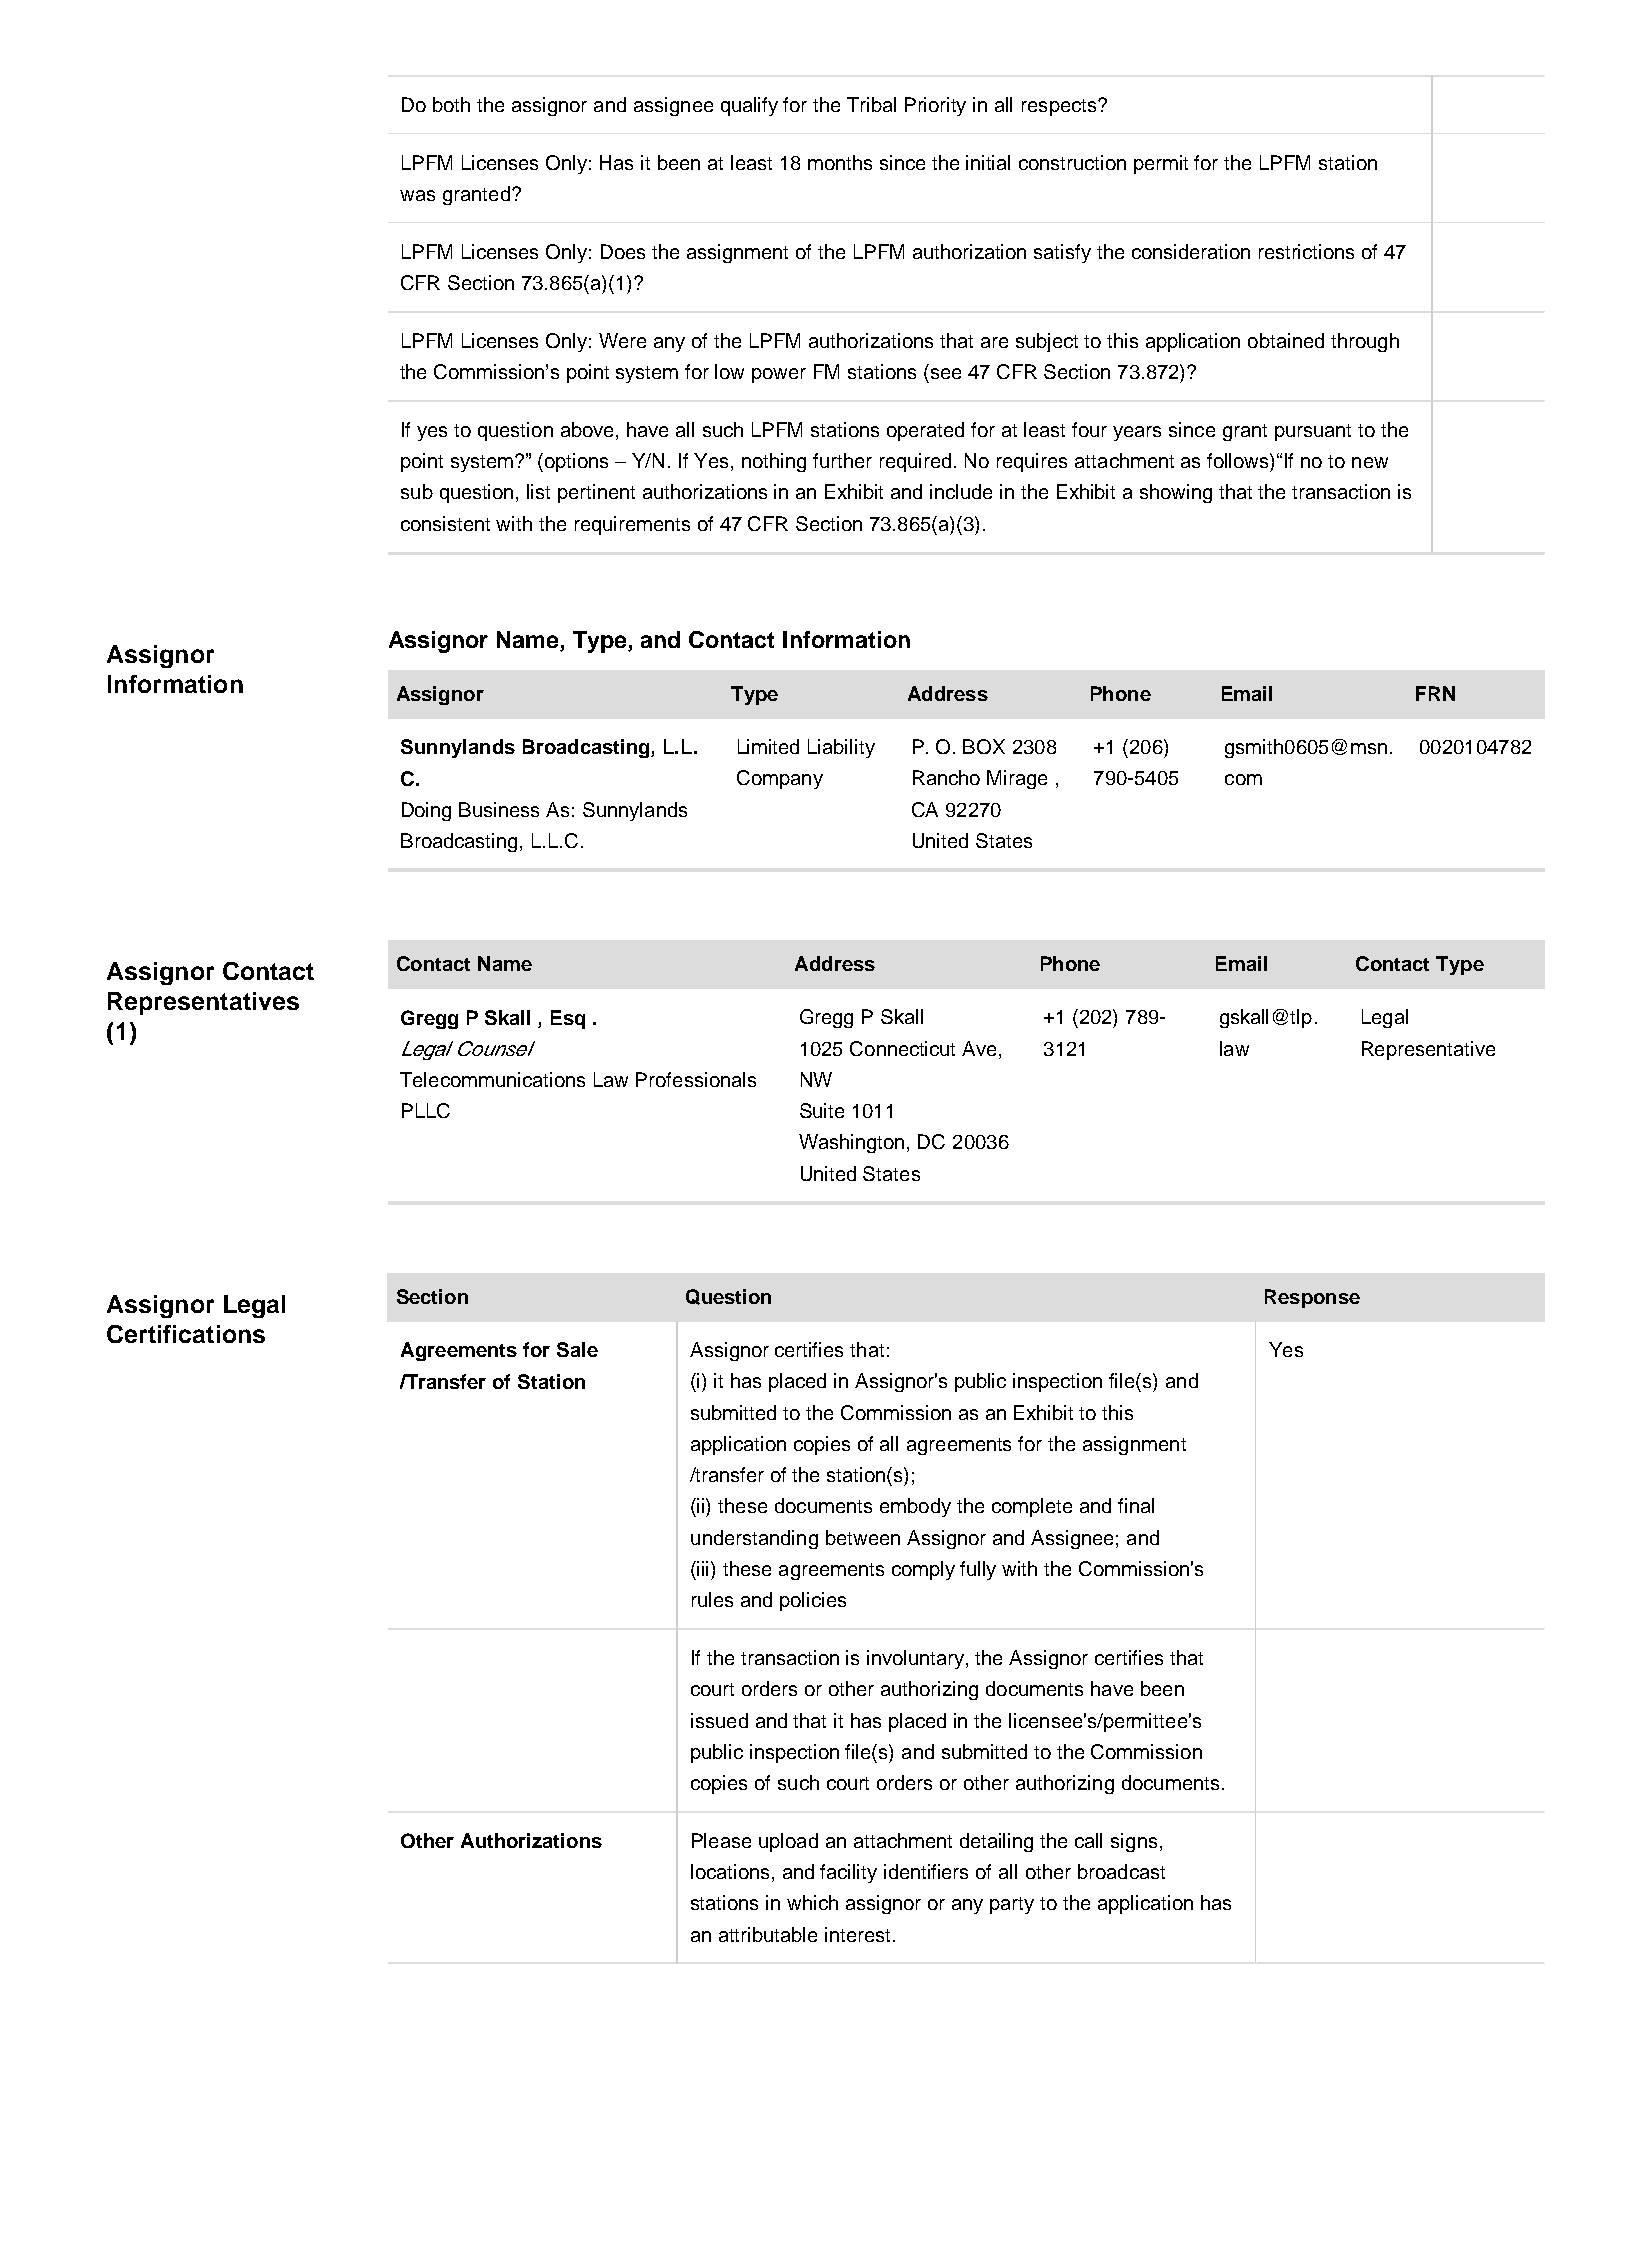
Do both the assignor and assignee qualify for the Tribal Priority in all respects?
 LPFM Licenses Only: Has it been at least 18 months since the initial construction permit for the LPFM station
 was granted?
 LPFM Licenses Only: Does the assignment of the LPFM authorization satisfy the consideration restrictions of 47
 CFR Section 73.865(a)(1)?
 LPFM Licenses Only: Were any of the LPFM authorizations that are subject to this application obtained through
 the Commission’s point system for low power FM stations (see 47 CFR Section 73.872)?
 If yes to question above, have all such LPFM stations operated for at least four years since grant pursuant to the
 point system?” (options – Y/N. If Yes, nothing further required. No requires attachment as follows)“If no to new
 sub question, list pertinent authorizations in an Exhibit and include in the Exhibit a showing that the transaction is
 consistent with the requirements of 47 CFR Section 73.865(a)(3).
 Assignor Name, Type, and Contact Information
 Assignor
 Information
 Assignor              Type        Address     Phone    Email        FRN
 Sunnylands Broadcasting, L.L. Limited Liability P. O. BOX 2308 +1 (206) gsmith0605@msn. 0020104782
 C.                     Company    Rancho Mirage , 790-5405 com
 Doing Business As: Sunnylands     CA 92270
 Broadcasting, L.L.C.              United States
 Assignor Contact   Contact Name               Address         Phone      Email     Contact Type
 Representatives
 Gregg P Skall , Esq .      Gregg P Skall   +1 (202) 789- gskall@tlp. Legal
 (1)
 Legal Counsel              1025 Connecticut Ave, 3121  law      Representative
 Telecommunications Law Professionals NW
 PLLC                       Suite 1011
 Washington, DC 20036
 United States
 Assignor Legal     Section            Question                               Response
 Certifications
 Agreements for Sale Assignor certifies that:              Yes
 /Transfer of Station (i) it has placed in Assignor's public inspection file(s) and
 submitted to the Commission as an Exhibit to this
 application copies of all agreements for the assignment
 /transfer of the station(s);
 (ii) these documents embody the complete and final
 understanding between Assignor and Assignee; and
 (iii) these agreements comply fully with the Commission's
 rules and policies
 If the transaction is involuntary, the Assignor certifies that
 court orders or other authorizing documents have been
 issued and that it has placed in the licensee's/permittee's
 public inspection file(s) and submitted to the Commission
 copies of such court orders or other authorizing documents.
 Other Authorizations Please upload an attachment detailing the call signs,
 locations, and facility identifiers of all other broadcast
 stations in which assignor or any party to the application has
 an attributable interest.